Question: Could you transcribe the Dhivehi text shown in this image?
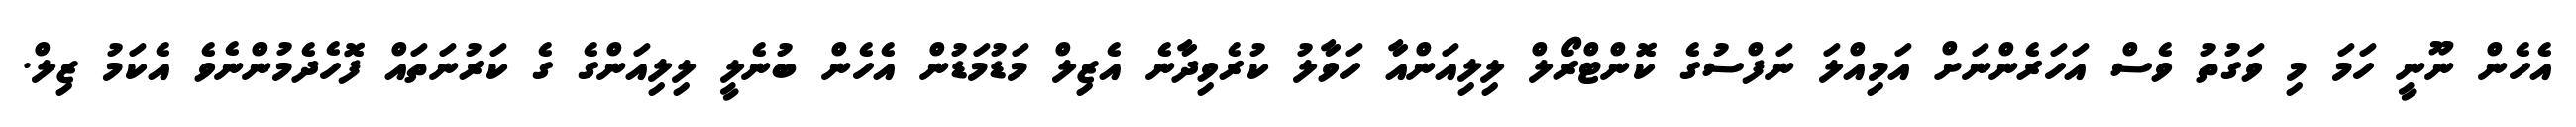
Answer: އެހެން ނޫނީ ހަމަ މި ވަގުތު ވެސް އަހަރެންނަށް އަމިއްލަ ނަފްސުގެ ކޮންޓްރޯލް ލިލިއަންއާ ހަވާލު ކުރެވިދާނެ އެޒިލް މަޑުމަޑުން އެހެން ބުނެލީ ލިލިއަންގެ ގެ ކަރުނަތައް ފޮހެދެމުންނެވެ އެކަމު ޒިލް.